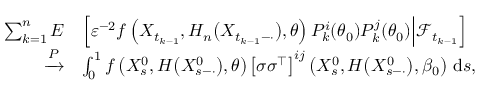
\begin{array} { r l } { \sum _ { k = 1 } ^ { n } E } & { \left[ \varepsilon ^ { - 2 } f \left( X _ { t _ { k - 1 } } , H _ { n } \big ( X _ { t _ { k - 1 } - \cdot } \big ) , \theta \right) P _ { k } ^ { i } ( \theta _ { 0 } ) P _ { k } ^ { j } ( \theta _ { 0 } ) \Big | \mathcal { F } _ { t _ { k - 1 } } \right] } \\ { \xrightarrow { P } } & { \int _ { 0 } ^ { 1 } f \left( X _ { s } ^ { 0 } , H \big ( X _ { s - \cdot } ^ { 0 } \big ) , \theta \right) \left[ \sigma \sigma ^ { \top } \right] ^ { i j } \left( X _ { s } ^ { 0 } , H \big ( X _ { s - \cdot } ^ { 0 } \big ) , \beta _ { 0 } \right) \, \mathrm { d } s , } \end{array}